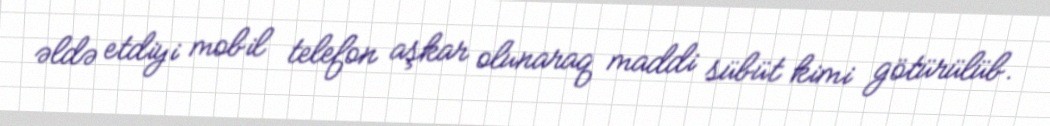
əldə etdiyi mobil telefon aşkar olunaraq maddi sübüt kimi götürülüb.